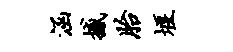
涵撼胎堰